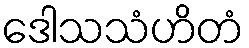
ဒေါသသံဟိတံ